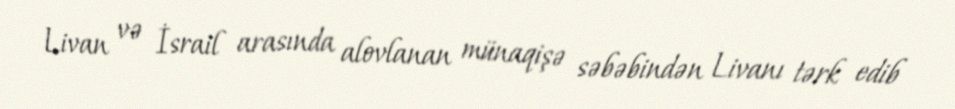
Livan və İsrail arasında alovlanan münaqişə səbəbindən Livanı tərk edib